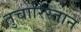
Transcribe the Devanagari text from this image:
तुचारिस्तान